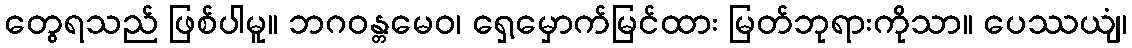
တွေရသည် ဖြစ်ပါမူ။ ဘဂဝန္တမေဝ၊ ရှေ့မှောက်မြင်ထား မြတ်ဘုရားကိုသာ။ ပေဿယျံ၊